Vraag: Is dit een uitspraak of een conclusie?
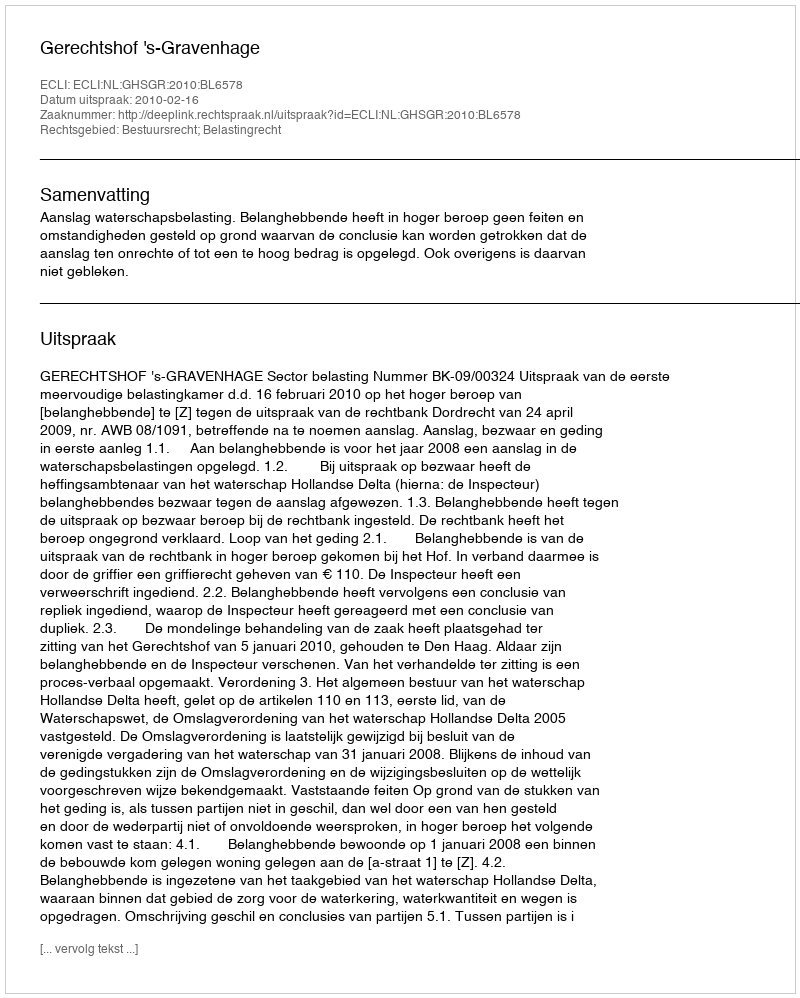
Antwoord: Uitspraak